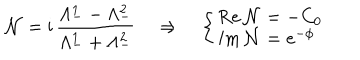
\mathcal { N } = \mathrm { i } \, \frac { \Lambda _ { - } ^ { 1 } - \Lambda _ { - } ^ { 2 } } { \Lambda _ { - } ^ { 1 } + \Lambda _ { - } ^ { 2 } } \quad \Rightarrow \quad \left\{ \left\{ \begin{cases} { { \mathrm { R e } \, \mathcal { N } = - C _ { 0 } } } \\ { { \mathrm { I m } \, \mathcal { N } = e ^ { - \phi } } } \\ \end{cases} \right. \right.